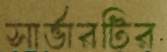
সার্ভারটির